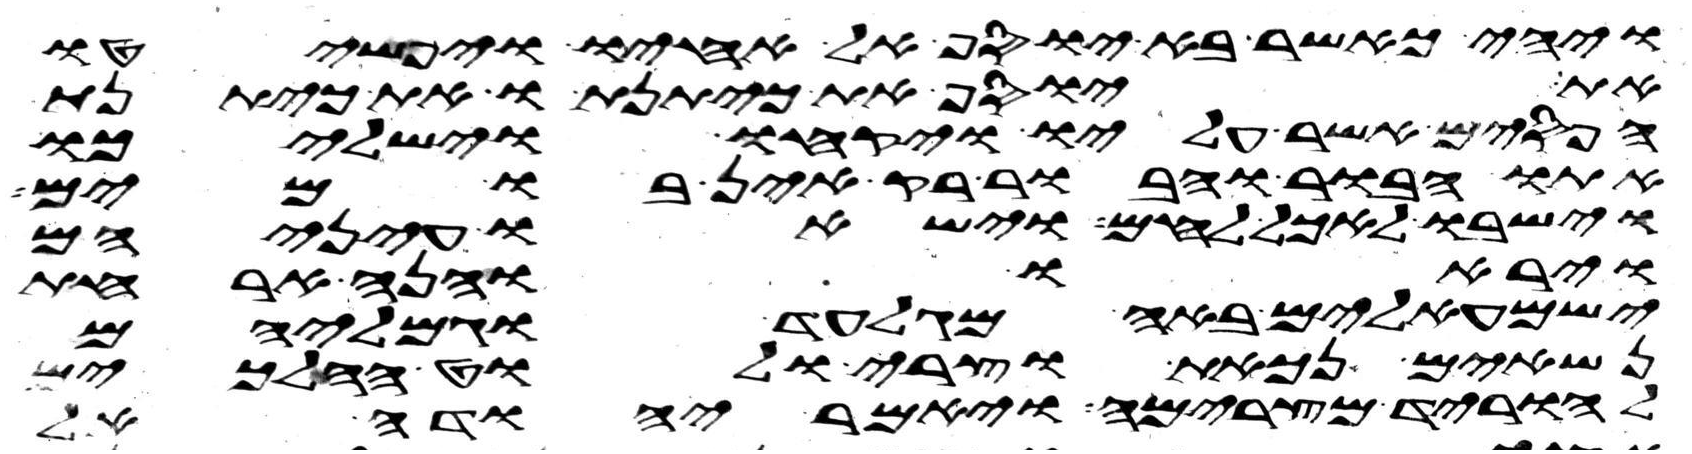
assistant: ויהי כאשר בא יוסף אל אחיו ויפשטו
את יוסף את כיתנתו את כיתנת
הפסים אשר עליו ויקחו וישלכו
אתו הבור והבור ריק אין בו מים
וישבו לאכל לחם וישאו עיניהם
ויראו והנה ארחת
ישמעאלים באה מגלעד וגמליהם
נשאים נכאת וצרי ולוט הלכים
להוריד מצרימה ויאמר יהודה אל